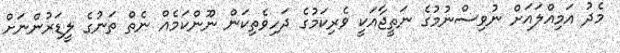
މެދު އަމިއްލައަށް ނުވިސްނުމުގެ ނަތީޖާއަކީ ވެރިކަމުގެ ދަހިވެތިކަން ނޫންކަމެއް ނެތް ތަނުގެ ލީޑަރުންނަށް